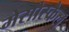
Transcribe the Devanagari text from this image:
मेसोस्कैल